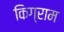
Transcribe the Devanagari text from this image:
किग्राम